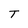
Character: T